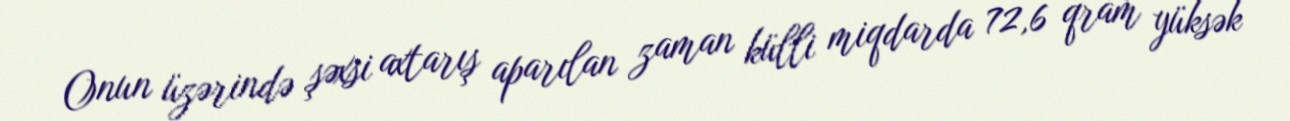
Onun üzərində şəxsi axtarış aparılan zaman külli miqdarda 72,6 qram yüksək